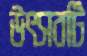
উৎসবটি